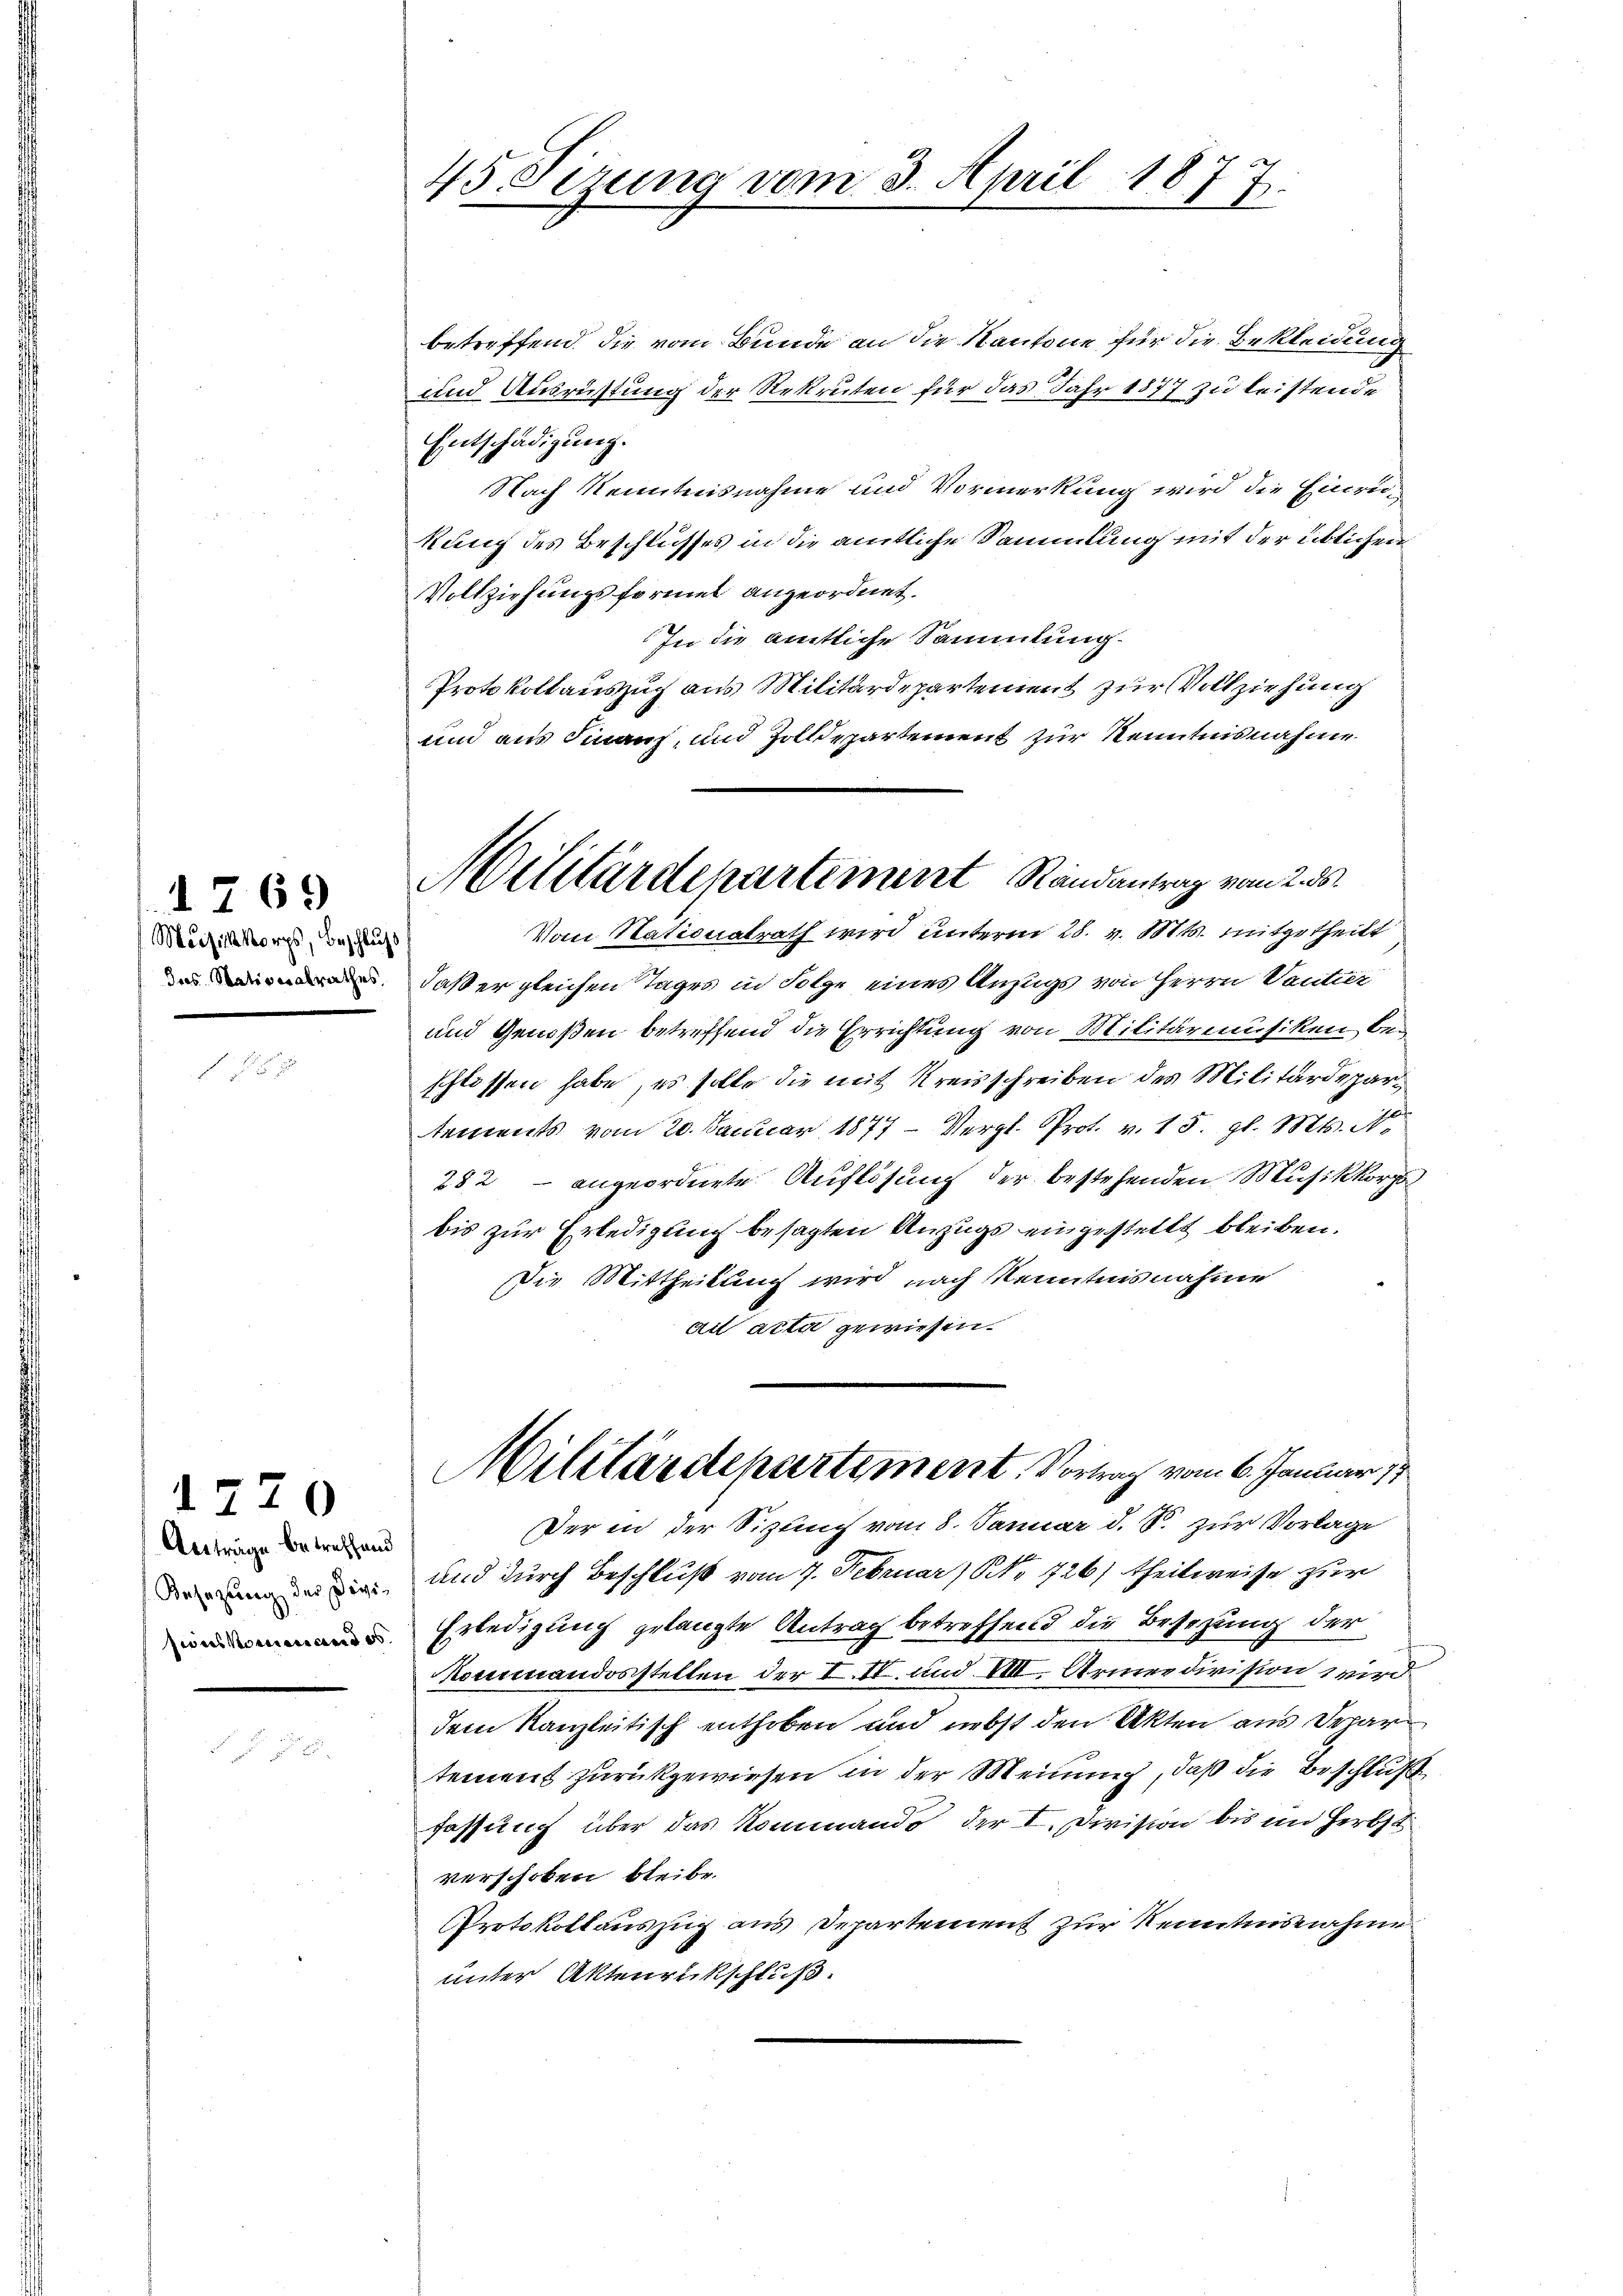
Musikkorps, Beschluß

1769

betreffend die vom Bunde an die Kantone für die Bekleidung
und Ausrüstung der Rekruten für das Jahr 1877 zu leistende
Entschädigung.
Nach Kenntnisnahme und Vormerkung wird die Einrukung des Beschlusses in die amtliche Sammlung mit der üblichen
Vollziehungsformel angeordnet.
In die amtliche Sammlung.
Protokollauszug aus Militärdepartement zur Vollziehung
und aus Finanz, und Zolldepartement zur Kenntnisnahme
 daß er gleichen Tages in Folge eines Anzugs von Herrn Ventier
und Genoßen betreffend die Errichtung von Militärmusiken bei
schlossen habe, es solle die mit Kreisschreiben des Militärdepartements vom 20. Januar 1877 - Vergl. Prot. v. 15. gl. Mts.
282 - angeordnete Auflösung der bestehenden Musikkorps
bis zur Erledigung besagten Anzugs eingestellt bleiben.
Die Mittheilung wird nach Kenntnisnahme
ad acta gewiesen.
Militärdepartement. Vortrag vom 6. Januar 17
Der in der Sitzung vom 8. Januar d. S. zur Vorlage
i und durch Beschluß vom 7. Februar, No 726) theilweise zur
 Erledigung gelangte Antrag betreffend die Besetzung der
Kommandosstellen der I. II. und VIII. Armeedivision wird
dem Kanzleitisch enthoben und nebst den Akten aus Depar
tement zurückgewiesen in der Meinung, daß die Beschluße
fassung über das Kommando der I. Division bis in Herbst
verschoben bleibe.
Protokollauszug aus Departement zur Kenntnisnahme
unter Aktenrückschluß.

Anträge betreffend

1770

45 Sirung vom 3. April 18
27.

Militärdepartement Randantrag vom 2. ds.
Vom Nationalrath wird unterm 28. v. Mts. mitgetheilt